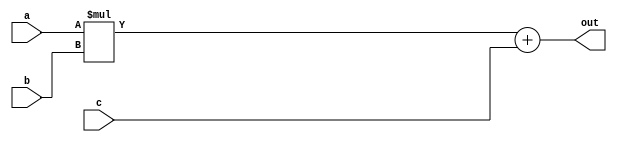
// This program was cloned from: https://github.com/tangxifan/micro_benchmark
// License: MIT License

//-------------------------------------------------------
//  Functionality: A 12-bit multiply-acculumate circuit
//-------------------------------------------------------

module mac_12(a, b, c, out);
parameter DATA_WIDTH = 12;  /* declare a parameter. default required */
input [DATA_WIDTH - 1 : 0] a, b, c;
output [DATA_WIDTH - 1 : 0] out;

assign out = a * b + c;

endmodule